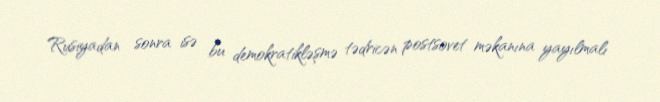
Rusiyadan sonra isə bu demokratikləşmə tədricən postsovet məkanına yayılmalı